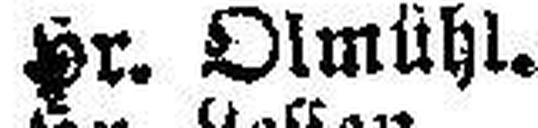
Hr. Olmühl.